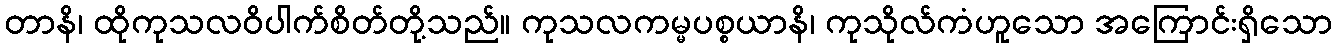
တာနိ၊ ထိုကုသလဝိပါက်စိတ်တို့သည်။ ကုသလကမ္မပစ္စယာနိ၊ ကုသိုလ်ကံဟူသော အကြောင်းရှိသော